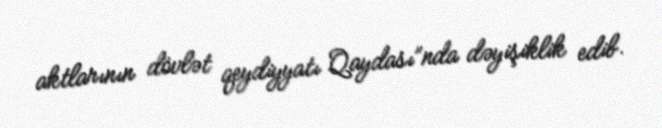
aktlarının dövlət qeydiyyatı Qaydası”nda dəyişiklik edib.